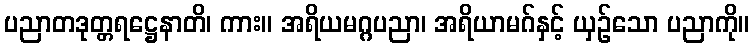
ပညာတဒုတ္တရဋ္ဌေနာတိ၊ ကား။ အရိယမဂ္ဂပညာ၊ အရိယာမဂ်နှင့် ယှဉ်သော ပညာကို။